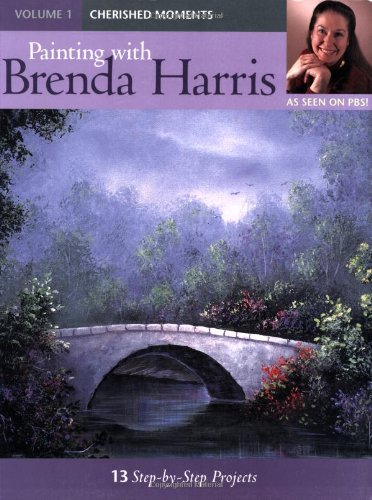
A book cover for Painting with Brenda Harris: Cherished Moments; Brenda Harris; Arts & Photography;